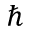
\hbar